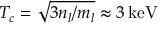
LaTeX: T _ { c } = \sqrt { 3 n _ { l } / m _ { l } } \approx 3 \, \mathrm { k e V }